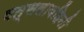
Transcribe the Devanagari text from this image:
वत्सलावहिनी